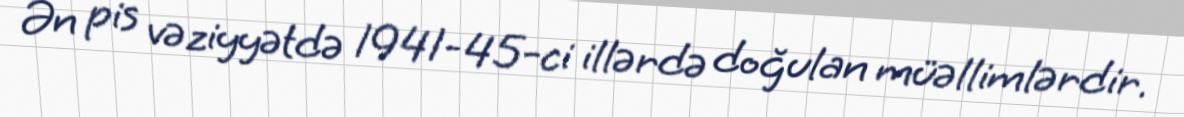
Ən pis vəziyyətdə 1941-45-ci illərdə doğulan müəllimlərdir.